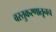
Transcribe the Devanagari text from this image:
वस्तुकरणातूनच